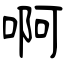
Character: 啊